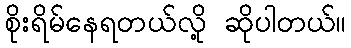
စိုးရိမ်နေရတယ်လို့ ဆိုပါတယ်။